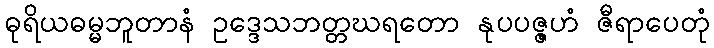
ဓုရိယဓမ္မဘူတာနံ ဥဒ္ဒေသဘတ္တဃရတော နုပပဇ္ဇဟံ ဇီရာပေတုံ